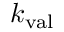
k _ { \mathrm { v a l } }